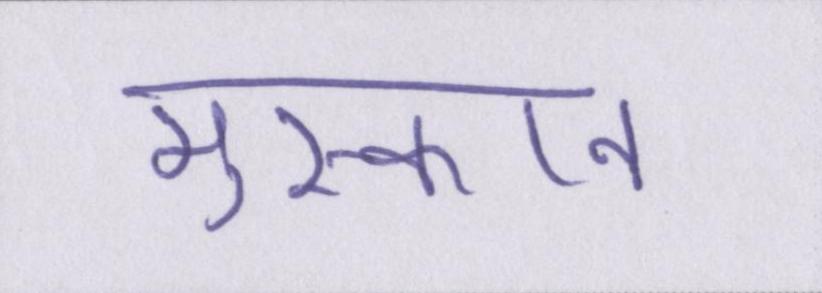
मुस्कान